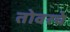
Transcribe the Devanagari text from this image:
तोवरचे